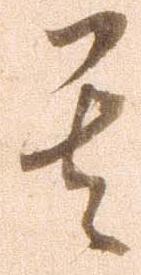
其